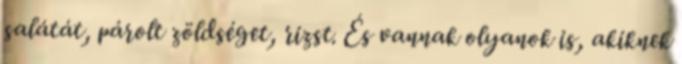
salátát, párolt zöldséget, rizst. És vannak olyanok is, akiknek